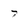
Character: 7